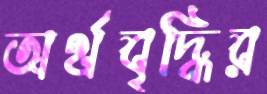
অর্থবৃদ্ধির